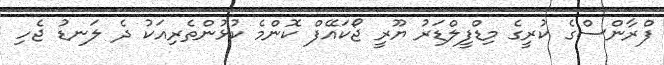
ފްރާންސްގެ ކުރީގެ މިޑްފީލްޑަރު ޔޫރީ ޖޯކައޭފް ކޮންމެ ކުޅުންތެރިއަކު ދެ ލަނޑު ޖެހި